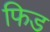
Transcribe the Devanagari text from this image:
फिड